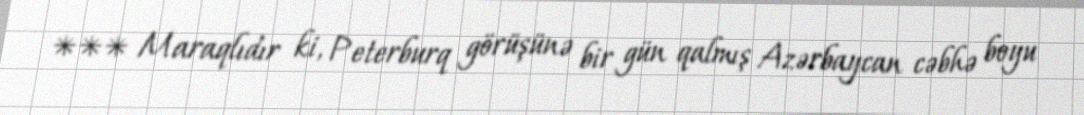
*** Maraqlıdır ki, Peterburq görüşünə bir gün qalmış Azərbaycan cəbhə boyu